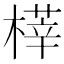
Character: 𣘘